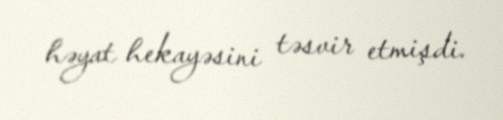
həyat hekayəsini təsvir etmişdi.